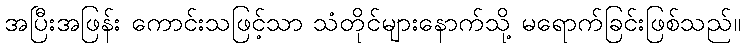
အပြီးအဖြန်း ကောင်းသဖြင့်သာ သံတိုင်များနောက်သို့ မရောက်ခြင်းဖြစ်သည်။